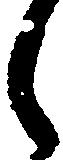
郎